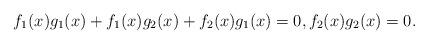
LaTeX: \begin{align*} f_{1}(x)g_{1}(x)+f_{1}(x)g_{2}(x)+f_{2}(x)g_{1}(x) = 0, f_{2}(x)g_{2}(x) = 0.\end{align*}